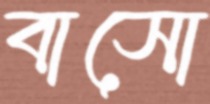
বাসো